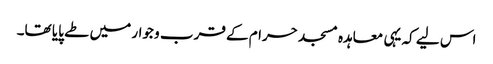
اس لیے کہ یہی معاہدہ مسجد حرام کے قرب و جوار میں طے پایا تھا۔